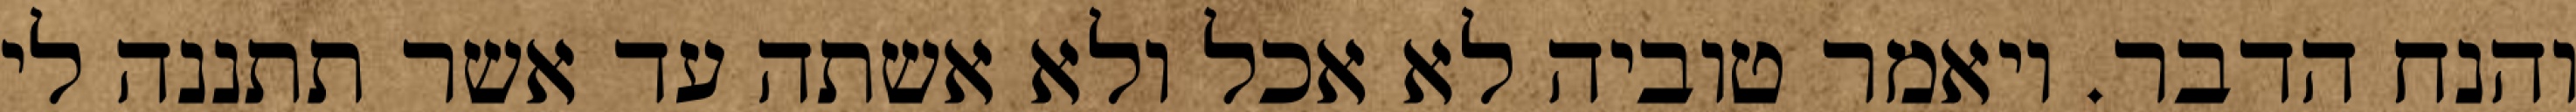
והנח הדבר. ויאמר טוביה לא אכל ולא אשתה עד אשר תתננה לי